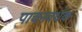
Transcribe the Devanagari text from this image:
पाचनवर्धक